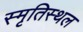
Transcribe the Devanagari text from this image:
स्मृतिस्थल